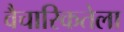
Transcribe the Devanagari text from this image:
वैचारिकतेला